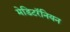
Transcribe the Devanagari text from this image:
मेडिटरॅनियन